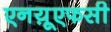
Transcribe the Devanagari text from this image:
एनय़ूएफसी